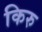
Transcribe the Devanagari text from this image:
किरु